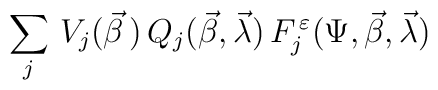
\sum_{j}\,V_{j}(\vec\beta\,)\,Q_{j}(\vec\beta,\vec\lambda)\,F_{j}^{\,\varepsilon}(\Psi,\vec\beta,\vec\lambda)